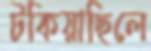
টকিয়াছিলে